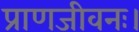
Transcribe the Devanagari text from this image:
प्राणजीवनः।